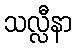
သလ္လီနာ